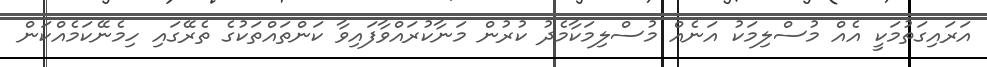
އަރައިގަތުމަކީ އެއް މުސްލިމަކު އަނެއް މުސްލިމަކާމެދު ކުރުން މަނާކުރައްވާފައިވާ ކަންތައްތަކުގެ ތެރޭގައި ހިމެނޭކަމެއްކަން